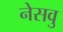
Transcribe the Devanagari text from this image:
नेसवु